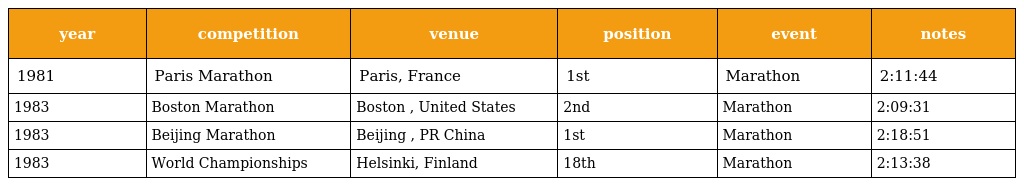
| year | competition | venue | position | event | notes |
 | --- | --- | --- | --- | --- | --- |
 | 1981 | Paris Marathon | Paris, France | 1st | Marathon | 2:11:44 |
 | 1983 | Boston Marathon | Boston , United States | 2nd | Marathon | 2:09:31 |
 | 1983 | Beijing Marathon | Beijing , PR China | 1st | Marathon | 2:18:51 |
 | 1983 | World Championships | Helsinki, Finland | 18th | Marathon | 2:13:38 |